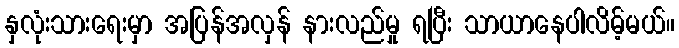
နှလုံးသားရေးမှာ အပြန်အလှန် နားလည်မှု ရပြီး သာယာနေပါလိမ့်မယ်။